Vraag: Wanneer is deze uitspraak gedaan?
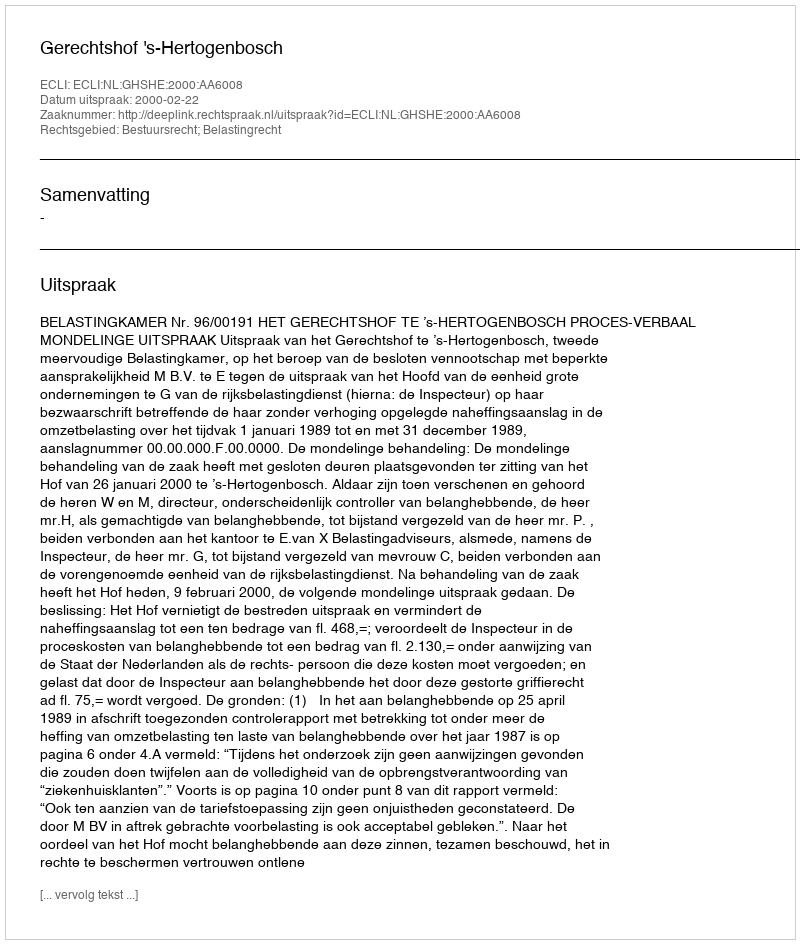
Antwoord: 2000-02-22